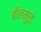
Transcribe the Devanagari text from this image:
बॉलमुळे